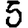
Digit: 5